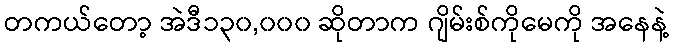
တကယ်တော့ အဲဒီ၁၃၀,၀၀၀ ဆိုတာက ဂျိမ်းစ်ကိုမေကို အနေနဲ့